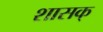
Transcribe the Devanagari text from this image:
शासक्